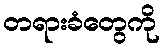
တရားခံတွေကို